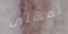
تمهلى